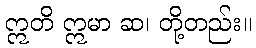
ဣတိ ဣမာ ဆ၊ တို့တည်း။